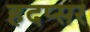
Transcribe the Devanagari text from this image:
हदप्सर